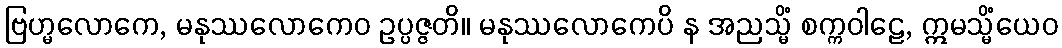
ဗြဟ္မလောကေ, မနုဿလောကေဝ ဥပ္ပဇ္ဇတိ။ မနုဿလောကေပိ န အညသ္မိံ စက္ကဝါဠေ, ဣမသ္မိံယေဝ